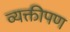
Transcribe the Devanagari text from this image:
व्यक्तीपण